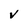
Character: V